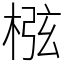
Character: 㭹